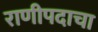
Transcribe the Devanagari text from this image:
राणीपदाचा